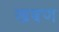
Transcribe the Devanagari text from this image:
खबण